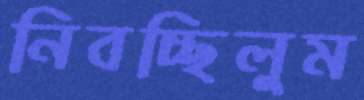
নিবচ্ছিলুম